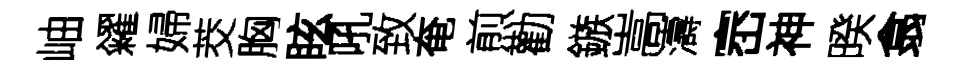
岫糴婦茭胸眩吼致奄煎勸鏃嵩濤崈神暌翕